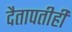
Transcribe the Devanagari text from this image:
दैतापतीही